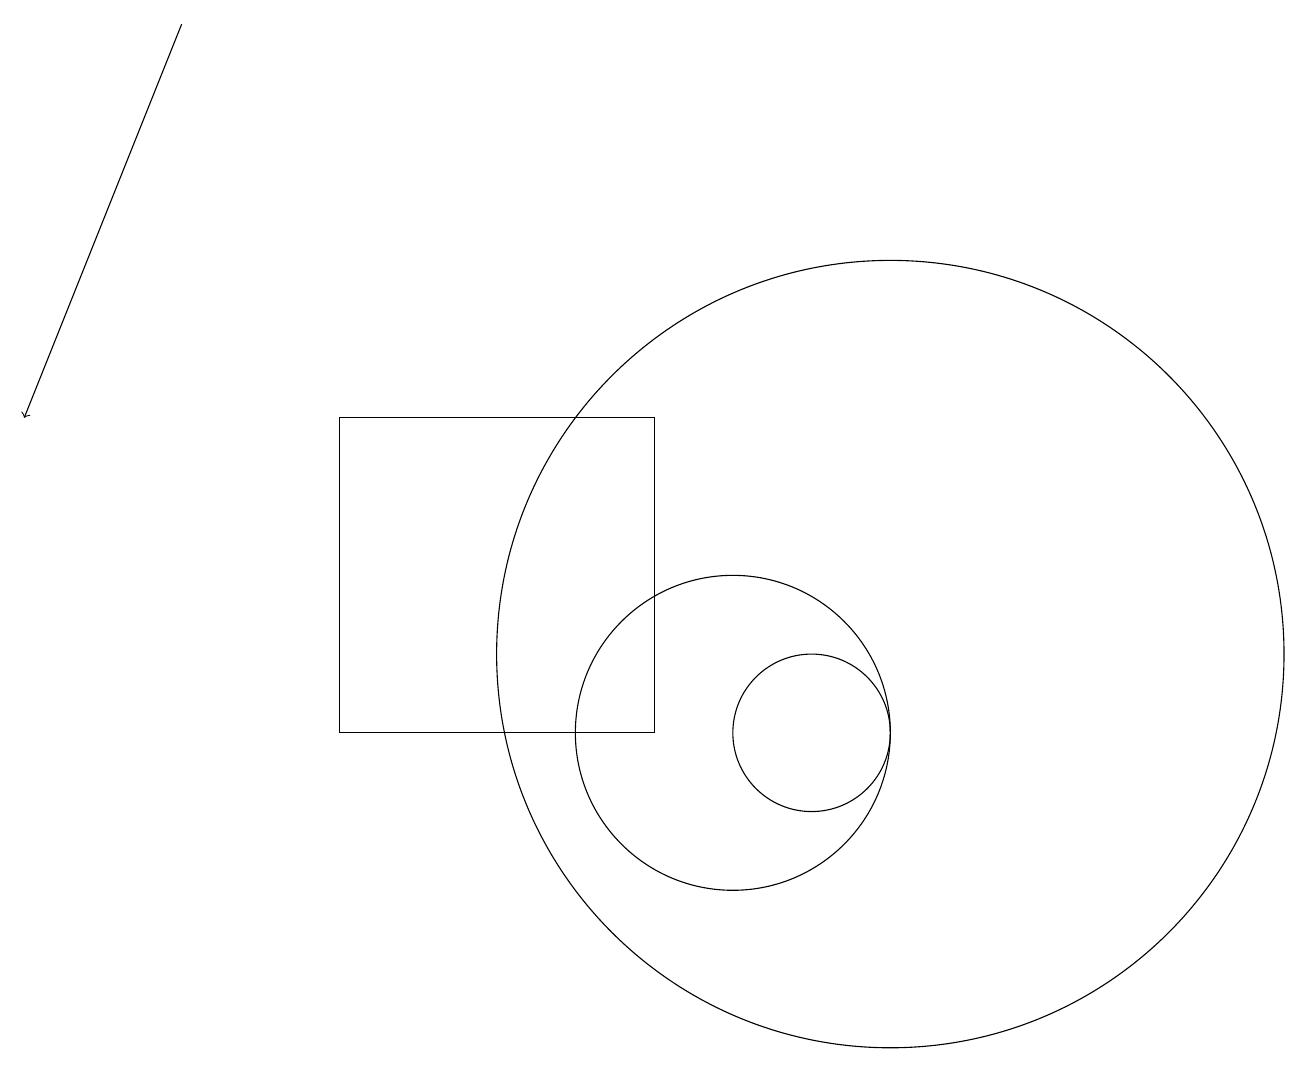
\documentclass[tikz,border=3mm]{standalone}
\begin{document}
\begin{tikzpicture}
\draw (11,10) circle (1);
\draw (9,10) rectangle (5,14);
\draw[->] (3,19) -- (1,14);
\draw (10,10) circle (2);
\draw (12,11) circle (5);
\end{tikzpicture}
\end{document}